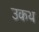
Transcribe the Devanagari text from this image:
उकथ